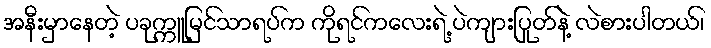
အနီးမှာနေတဲ့ ပခုက္ကူမြင်သာရပ်က ကိုရင်ကလေးရဲ့ ပဲကျားပြုတ်နဲ့ လဲစားပါတယ်၊